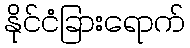
နိုင်ငံခြားရောက်